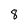
Character: 8